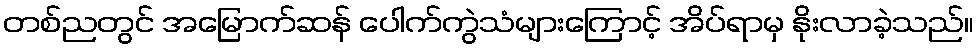
တစ်ညတွင် အမြောက်ဆန် ပေါက်ကွဲသံများကြောင့် အိပ်ရာမှ နိုးလာခဲ့သည်။